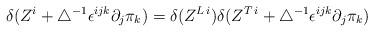
LaTeX: \begin{align*}\delta(Z^i+\bigtriangleup^{-1}\epsilon^{ijk}\partial_j \pi_k) =\delta(Z^{L\,i})\delta(Z^{T\,i}+\bigtriangleup^{-1}\epsilon^{ijk}\partial_j\pi_k)\end{align*}